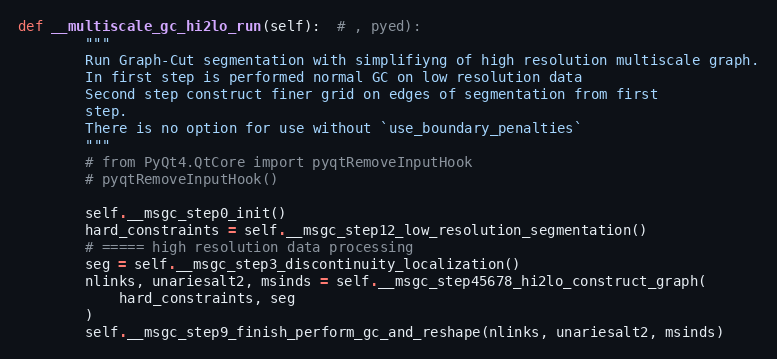
Language: Python
def __multiscale_gc_hi2lo_run(self):  # , pyed):
        """
        Run Graph-Cut segmentation with simplifiyng of high resolution multiscale graph.
        In first step is performed normal GC on low resolution data
        Second step construct finer grid on edges of segmentation from first
        step.
        There is no option for use without `use_boundary_penalties`
        """
        # from PyQt4.QtCore import pyqtRemoveInputHook
        # pyqtRemoveInputHook()

        self.__msgc_step0_init()
        hard_constraints = self.__msgc_step12_low_resolution_segmentation()
        # ===== high resolution data processing
        seg = self.__msgc_step3_discontinuity_localization()
        nlinks, unariesalt2, msinds = self.__msgc_step45678_hi2lo_construct_graph(
            hard_constraints, seg
        )
        self.__msgc_step9_finish_perform_gc_and_reshape(nlinks, unariesalt2, msinds)